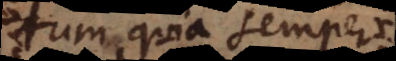
tum quia semper